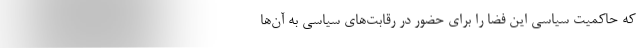
که حاکمیت سیاسی این فضا را برای حضور در رقابت‌های سیاسی به آن‌ها